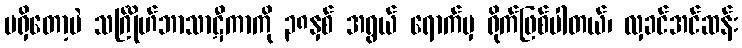
မရှိတော့ပဲ သင်္ဂြိုဟ်ဘာသာဋီကာကို ၃၈နှစ် အရွယ် ရောက်မှ ရိုက်ဖြစ်ပါတယ်၊ လှခင်အင်ဆန်း